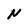
Character: N